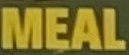
MEAL